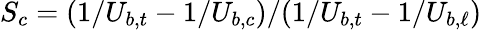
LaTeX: S_{c}=(1/U_{b,t}-1/U_{b,c})/(1/U_{b,t}-1/U_{b,\ell})